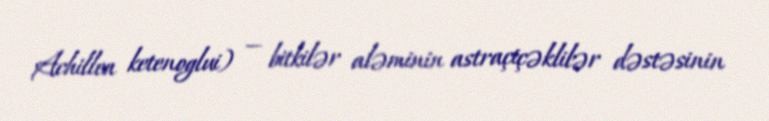
Achillea ketenoglui) — bitkilər aləminin astraçiçəklilər dəstəsinin